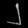
Digit: ၂